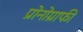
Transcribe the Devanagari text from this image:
प्रोनोग्राफी